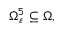
\Omega _ { \varepsilon } ^ { 5 } \subseteq \Omega ,